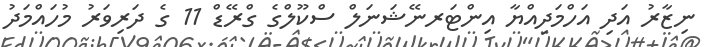
ނިޒާރު އަދި އަހްމަދިއްޔާ އިންޓަރނޭޝަނަލް ސްކޫލްގެ ގްރޭޑް 11 ގެ ދަރިވަރު މުހައްމަދު